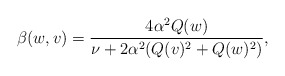
\begin{align*}\beta(w,v)=\frac{4\alpha^2Q(w)}{\nu+2\alpha^2(Q(v)^2+Q(w)^2)},\end{align*}